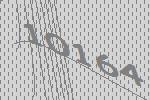
10164